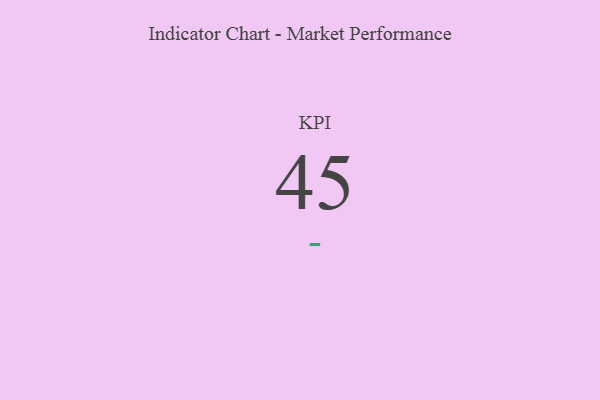
{"axis": {"x": "KPI", "y": "Value"}, "legend": [""], "data": [{"x": "KPI", "y": 45, "type": ""}]}